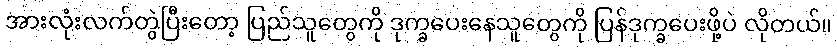
အားလုံးလက်တွဲပြီးတော့ ပြည်သူတွေကို ဒုက္ခပေးနေသူတွေကို ပြန်ဒုက္ခပေးဖို့ပဲ လိုတယ်။